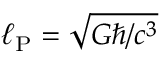
\ell _ { \mathrm { P } } = { \sqrt { G \hbar / c ^ { 3 } } }